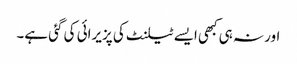
اور نہ ہی کبھی ایسے ٹیلنٹ کی پزیرائی کی گئی ہے۔